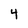
Character: 4